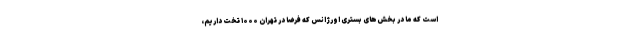
است که ما در بخش‌های بستری اورژانس که فرضا در تهران ۱۰۰۰ تخت داریم،